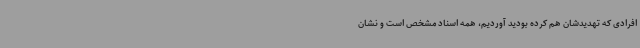
افرادی که تهدیدشان هم کرده بودید آوردیم، همه اسناد مشخص است و نشان